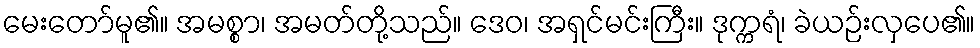
မေးတော်မူ၏။ အမစ္စာ၊ အမတ်တို့သည်။ ဒေဝ၊ အရှင်မင်းကြီး။ ဒုက္ကရံ၊ ခဲယဉ်းလှပေ၏။